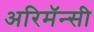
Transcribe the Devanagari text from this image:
अरिमॅन्सी